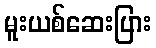
မူးယစ်ဆေးပြား